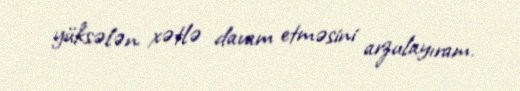
yüksələn xətlə davam etməsini arzulayıram.